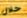
خلال